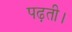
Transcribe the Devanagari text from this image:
पढ़ती।